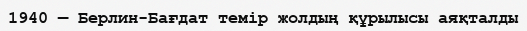
1940 — Берлин-Бағдат темір жолдың құрылысы аяқталды